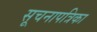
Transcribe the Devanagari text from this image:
सूचनापत्रिका